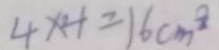
4 \times 4 = 1 6 c m ^ { 3 }